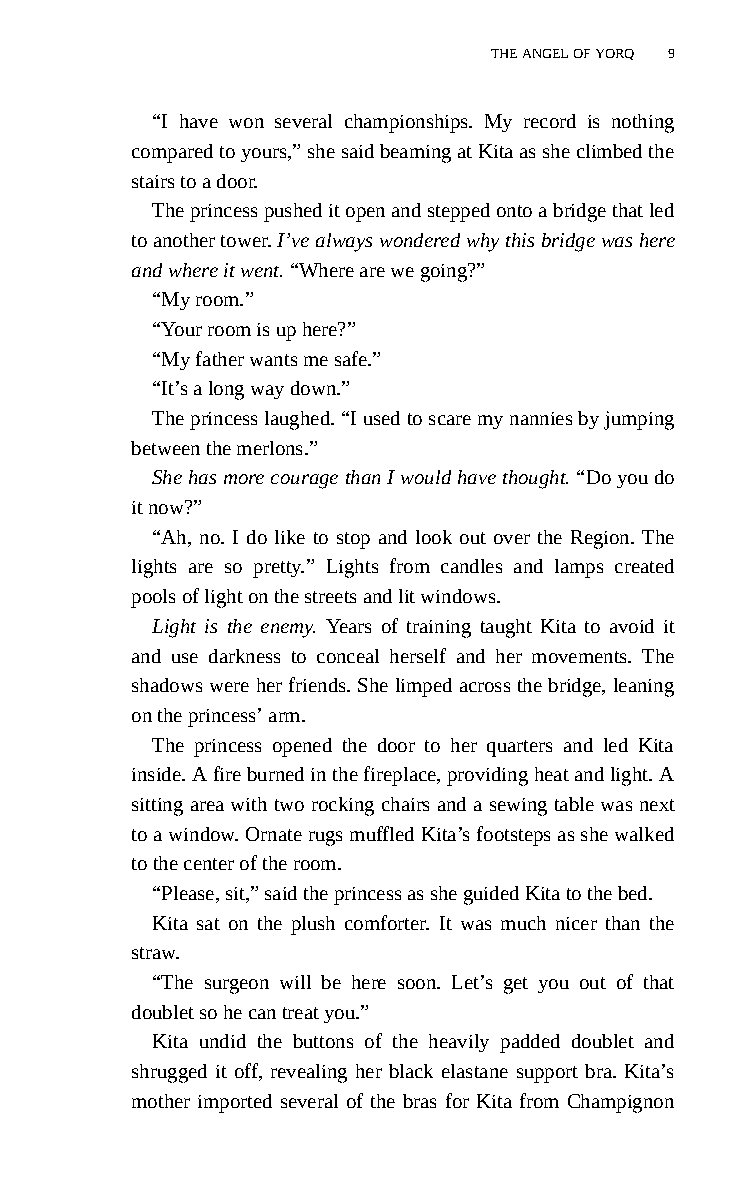
THE ANGEL OF YORQ 9
 “I have won several championships. My record is nothing
 compared to yours,” she said beaming at Kita as she climbed the
 stairs to a door.
 The princess pushed it open and stepped onto a bridge that led
 to another tower. I’ve always wondered why this bridge was here
 and where it went. “Where are we going?”
 “My room.”
 “Your room is up here?”
 “My father wants me safe.”
 “It’s a long way down.”
 The princess laughed. “I used to scare my nannies by jumping
 between the merlons.”
 She has more courage than I would have thought. “Do you do
 it now?”
 “Ah, no. I do like to stop and look out over the Region. The
 lights are so pretty.” Lights from candles and lamps created
 pools of light on the streets and lit windows.
 Light is the enemy. Years of training taught Kita to avoid it
 and use darkness to conceal herself and her movements. The
 shadows were her friends. She limped across the bridge, leaning
 on the princess’ arm.
 The princess opened the door to her quarters and led Kita
 inside. A fire burned in the fireplace, providing heat and light. A
 sitting area with two rocking chairs and a sewing table was next
 to a window. Ornate rugs muffled Kita’s footsteps as she walked
 to the center of the room.
 “Please, sit,” said the princess as she guided Kita to the bed.
 Kita sat on the plush comforter. It was much nicer than the
 straw.
 “The surgeon will be here soon. Let’s get you out of that
 doublet so he can treat you.”
 Kita undid the buttons of the heavily padded doublet and
 shrugged it off, revealing her black elastane support bra. Kita’s
 mother imported several of the bras for Kita from Champignon